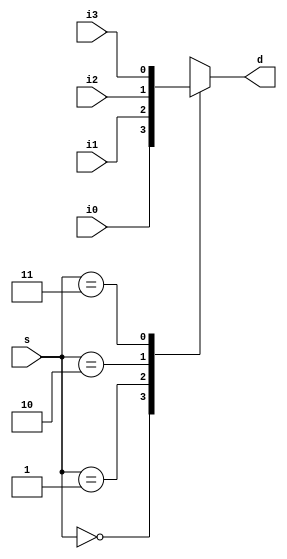
`timescale 1ns / 1ps


module Multiplexer_behavioral(
    input i0,
    input i1,
    input i2,
    input i3,
    input [1:0] s,
    output reg d
    );
    
    always @(i0,i1,i2,i3,s)
    begin
    
    d = 1'b0;
    case (s)
        0 : d = i0;
        1 : d = i1;
        2 : d = i2;
        3 : d = i3;
        default : d = 1'b0;
    endcase
    end
endmodule